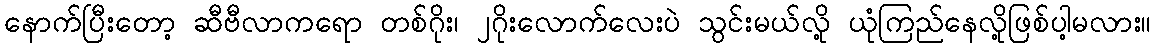
နောက်ပြီးတော့ ဆီဗီလာကရော တစ်ဂိုး၊ ၂ဂိုးလောက်လေးပဲ သွင်းမယ်လို့ ယုံကြည်နေလို့ဖြစ်ပါ့မလား။